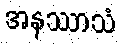
အနဿာသံ